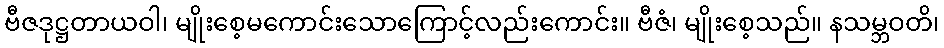
ဗီဇဒုဋ္ဌတာယဝါ၊ မျိုးစေ့မကောင်းသောကြောင့်လည်းကောင်း။ ဗီဇံ၊ မျိုးစေ့သည်။ နသမ္ဘဝတိ၊